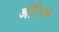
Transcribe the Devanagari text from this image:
आॅरिजन